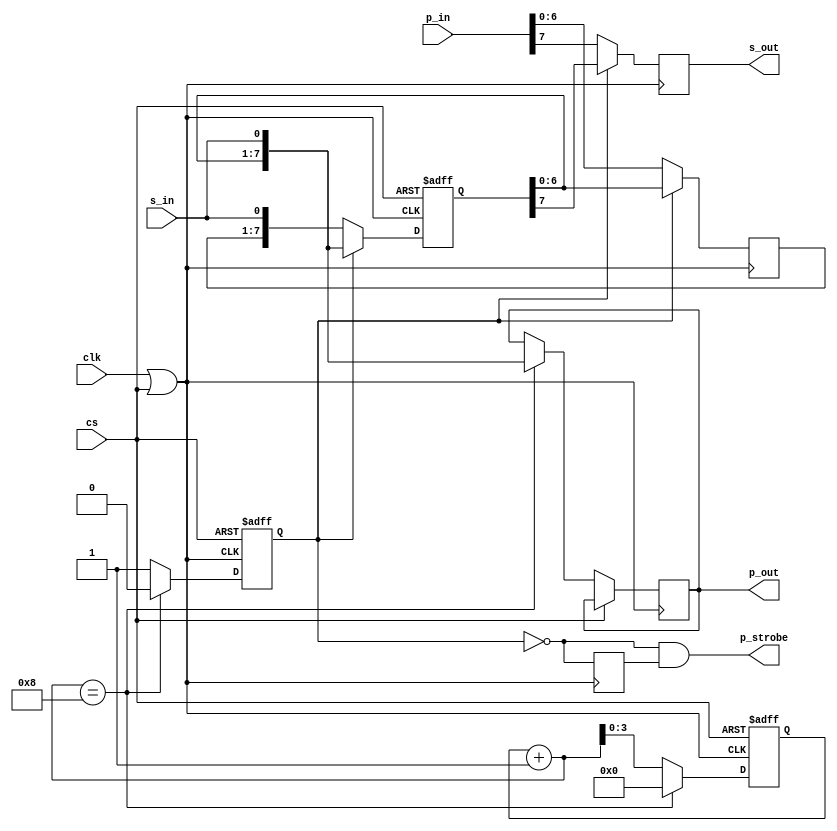
module spiSlave #(
    parameter WIDTH = 8
  )(
    input clk,
    input cs,
    input s_in,
    output reg s_out,

    input [WIDTH-1:0] p_in,
    output reg [WIDTH-1:0] p_out,
    output p_strobe,  //strobes high when the register is full
  );

  reg [WIDTH-1:0] shift_reg;
  wire core_clk;
  parameter PAR = 0;
  parameter SER = 1;
  reg mode = PAR;
  reg [$clog2(WIDTH):0] bitcount = 0;

  //assign p_out = shift_reg;
  //assign s_out = shift_reg[WIDTH-1];
  assign core_clk = clk | cs; //cs is active low, shift in on 

  reg p_clk = 0;
  assign p_strobe = ~mode & p_clk;
  reg [WIDTH-1:0] p_buf;

  always @(negedge core_clk) begin  //cs or clk falling edge: set miso
    p_clk <= (mode == PAR);
    if(mode == PAR) begin
      s_out <= p_in[WIDTH-1];  //set miso from parallel data
      p_buf <= p_in;  //capture the data on cs falling edge, but don't load the shift reg yet
    end else begin
      s_out <= shift_reg[WIDTH-1];
      p_buf <= shift_reg;
    end
  end

  always @(posedge core_clk or posedge cs) begin  //cs or clk rising edge, shift data in
    if(cs) begin  //cs rising edge, end of transmission
      //p_out <= shift_reg;   //generates a warning "non-constant async reset value"
      shift_reg <= 0;  //ignores the initialiser because I have a reset bar here
      bitcount <= 0;
      mode <= PAR;
    end else begin  //cs is enabled, shift in
      if(bitcount + 1 == WIDTH) begin
        bitcount <= 0;
        mode <= PAR;
        p_out <= {shift_reg[WIDTH-2:0],s_in}; //if this was the last bit, also load it to the output
      end else begin
        bitcount <= bitcount + 1;
        mode <= SER;  //change to serial mode
      end

      if(mode == PAR) begin
      //if(bitcount == 0) begin
        shift_reg <= {p_buf[WIDTH-2:0],s_in};  //load the shift register with the parallel data (buffered from cs negedge)
      end else begin
        shift_reg <= {shift_reg[WIDTH-2:0], s_in};
      end
    end
  end



  //always @(posedge cs) begin
  //  p_out <= p_buf;   //should be edge triggered, not promoted to async
  //end

endmodule